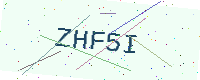
Text: ZHF5I